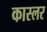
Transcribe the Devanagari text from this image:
कास्लर